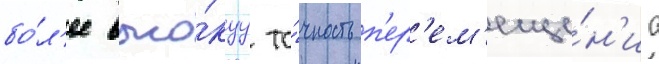
бо́л'ее высо́куу то́чность п'ер'ем'еще́н'иа